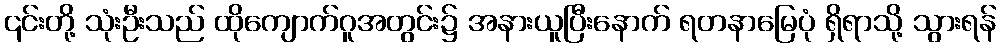
၎င်းတို့ သုံးဦးသည် ထိုကျောက်ဂူအတွင်း၌ အနားယူပြီးနောက် ရတနာမြေပုံ ရှိရာသို့ သွားရန်